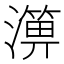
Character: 𤀥